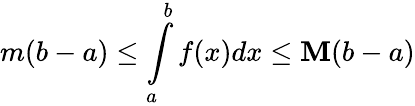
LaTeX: m(b-a)\leq\int\limits_{a}^{b}f(x)dx\leq\mathbf{M}(b-a)